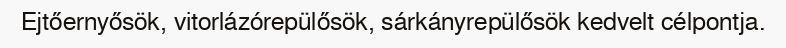
Ejtőernyősök, vitorlázórepülősök, sárkányrepülősök kedvelt célpontja.